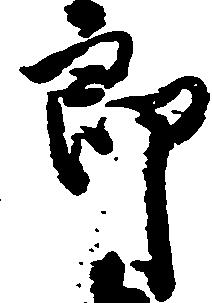
郎